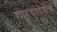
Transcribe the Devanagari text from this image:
शारदादेवीचे